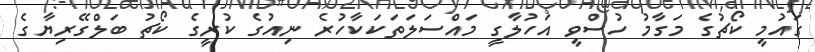
ގައުމީ ކޯޗުގެ މަގާމު ހުސްވީ އަހުލާގީ މައްސަލަތަކަކާހުރެ ނިއުގެ ކުރީގެ ކޯޗު ބަލްގޭރިޔާގެ